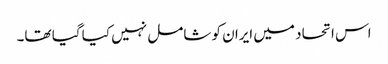
اس اتحاد میں ایران کو شامل نہیں کیا گیا تھا۔